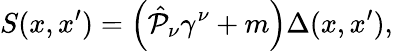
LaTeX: S(x,x^{\prime})=\left(\hat{{\cal P}}_{\nu}\gamma^{\nu}+m\right)\Delta(x,x^{\prime}),